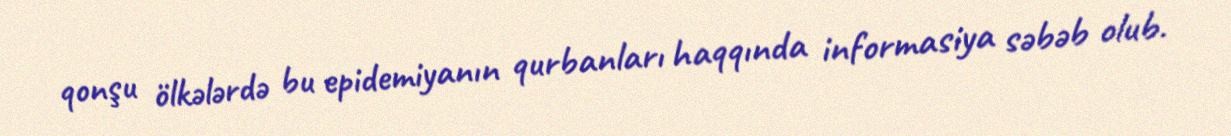
qonşu ölkələrdə bu epidemiyanın qurbanları haqqında informasiya səbəb olub.